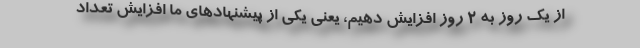
از یک روز به 2 روز افزایش دهیم، یعنی یکی از پیشنهادهای ما افزایش تعداد